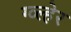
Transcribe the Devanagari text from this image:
ग्व्ल्हेर